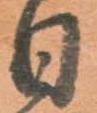
日